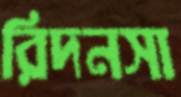
রিদনসা